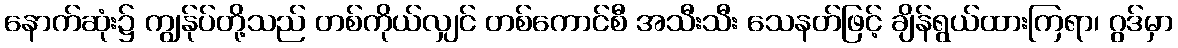
နောက်ဆုံး၌ ကျွန်ုပ်တို့သည် တစ်ကိုယ်လျှင် တစ်ကောင်စီ အသီးသီး သေနတ်ဖြင့် ချိန်ရွယ်ထားကြရာ၊ ဂွဒ်မှာ